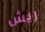
ريش